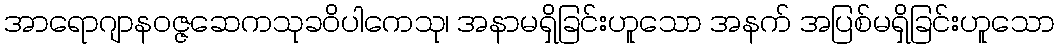
အာရောဂျာနဝဇ္ဇဆေကသုခဝိပါကေသု၊ အနာမရှိခြင်းဟူသော အနက် အပြစ်မရှိခြင်းဟူသော